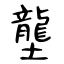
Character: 壟